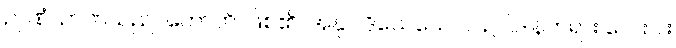
ဉာဏံ၊ ဉာဏ်သည်။ ဟောတိ၊ ဖြစ်၏။ အနုပါဒိသေသေ ဝါ၊ ဥပါဒါန်တရား လေးပါး